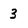
Character: 3